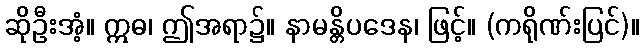
ဆိုဦးအံ့။ ဣဓ၊ ဤအရာ၌။ နာမန္တိပဒေန၊ ဖြင့်။ (ကရိုဏ်းပြင်)။